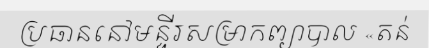
ប្រធាននៅមន្ទីរសម្រាកព្យាបាល «តន់